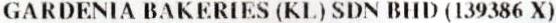
GARDENIA BAKERIES (KL) SDN BHD (139386 X)